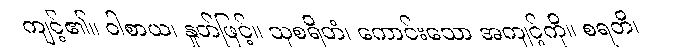
ကျင့်၏။ ဝါစာယ၊ နှုတ်ဖြင့်။ သုစရိတံ၊ ကောင်းသော အကျင့်ကို။ စရတိ၊